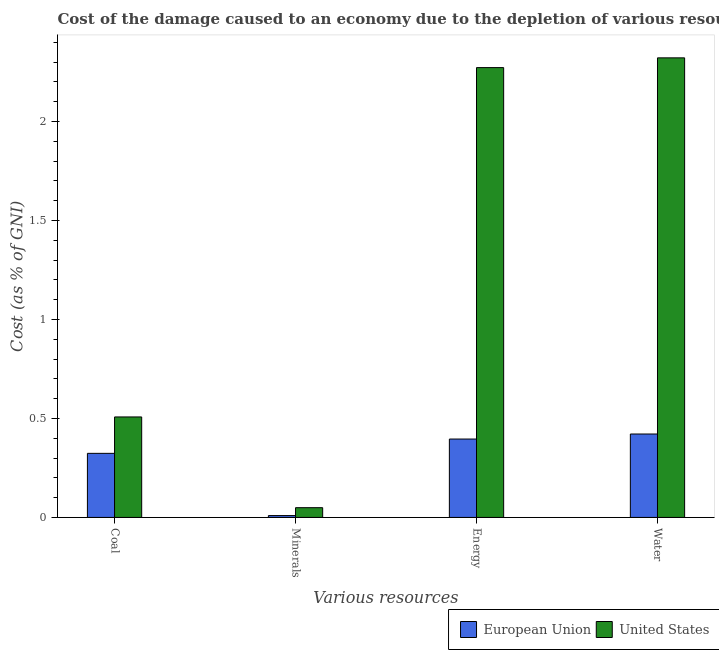
| Various resources | European Union | United States |
 | --- | --- | --- |
 | Coal | 0.324 | 0.508 |
 | Minerals | 0.00937 | 0.0492 |
 | Energy | 0.396 | 2.27 |
 | Water | 0.421 | 2.32 |